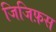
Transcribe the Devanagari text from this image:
जिजिफ़स